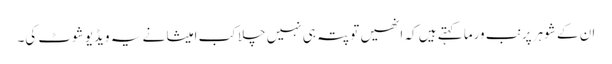
ان کے شوہر پرنب ورما کہتے ہیں کہ انھیں تو پتہ ہی نہیں چلا کب امیشا نے یہ ویڈیو شوٹ کی۔